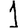
Digit: 1